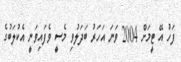
ފަހު އޭ ޓީމަށް 2004 ވަނަ އަހަރު ބަދަލުވި މެސީ ވެފައިވަނީ އެކުލަބުގެ